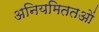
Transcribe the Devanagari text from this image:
अनियमिततओं